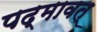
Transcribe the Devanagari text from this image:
पद्मावत्